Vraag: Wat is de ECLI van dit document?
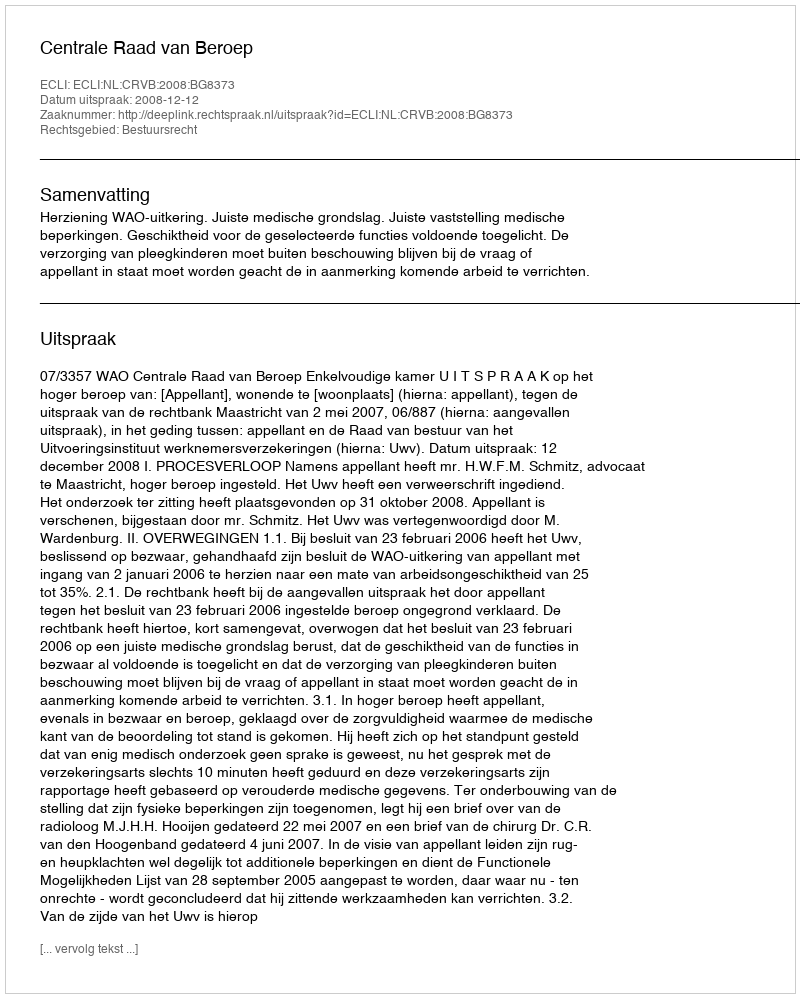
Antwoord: ECLI:NL:CRVB:2008:BG8373